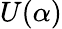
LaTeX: U(\alpha)